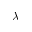
\lambda